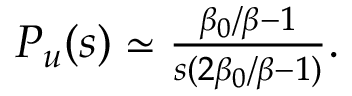
\begin{array} { r } { P _ { u } ( s ) \simeq \frac { \beta _ { 0 } / \beta - 1 } { s ( 2 \beta _ { 0 } / \beta - 1 ) } . } \end{array}